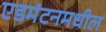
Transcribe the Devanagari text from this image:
एडमंटनमधील